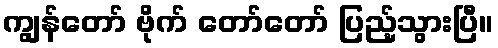
ကျွန်တော် ဗိုက် တော်တော် ပြည့်သွားပြီ။